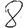
Digit: 8